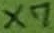
Text: X7